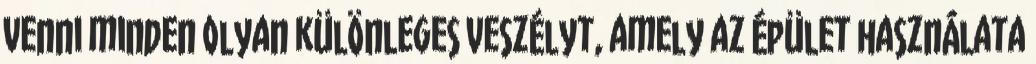
venni minden olyan különleges veszélyt, amely az épület használata